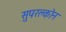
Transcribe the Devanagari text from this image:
सुपरक्लोन